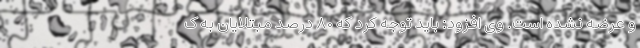
و عرضه نشده است. وی افزود: باید توجه کرد که ۸۰ درصد مبتلایان به ک